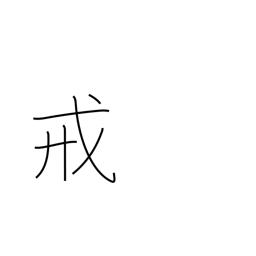
Meaning: commandment